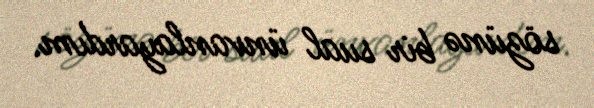
sözünə bir sual ünvanlayardım.